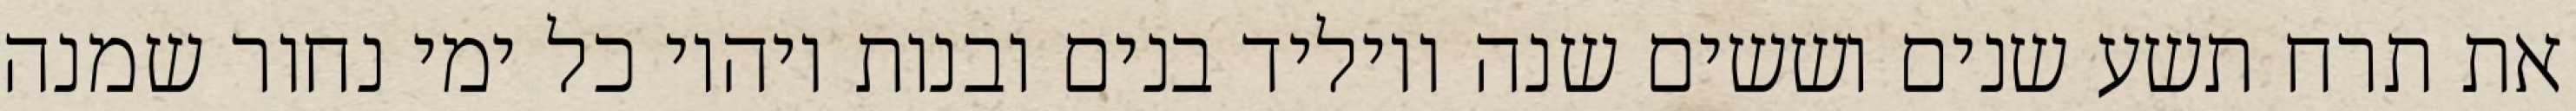
את תרח תשע שנים וששים שנה ויוליד בנים ובנות ויהיו כל ימי נחור שמנה